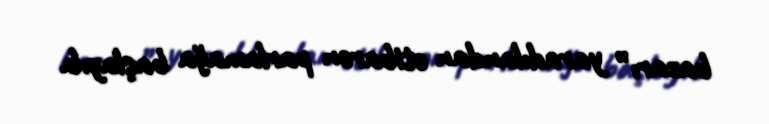
bazarı” yaradılandan etibarən parlamağa başlayıb.